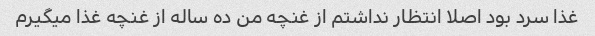
غذا سرد بود اصلا انتظار نداشتم از غنچه من ده ساله از غنچه غذا میگیرم